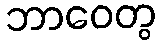
ဘာဝေတွ